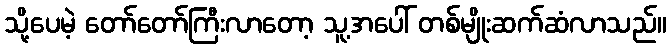
သို့ပေမဲ့ တော်တော်ကြီးလာတော့ သူ့အပေါ် တစ်မျိုးဆက်ဆံလာသည်။